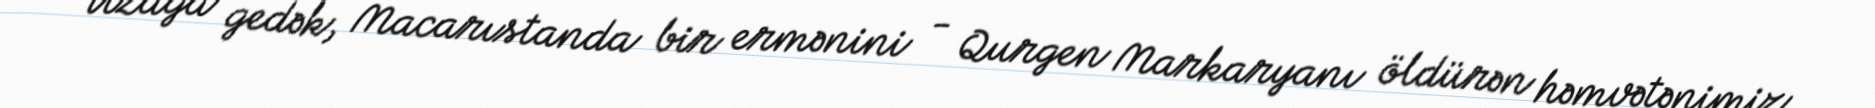
Uzağa gedək, Macarıstanda bir ermənini - Qurgen Markaryanı öldürən həmvətənimiz